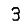
Digit: 3